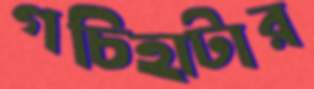
গচিহাটার